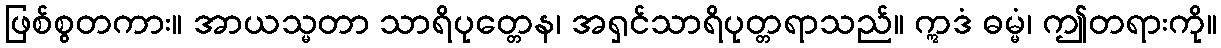
ဖြစ်စွတကား။ အာယသ္မတာ သာရိပုတ္တေန၊ အရှင်သာရိပုတ္တရာသည်။ ဣဒံ ဓမ္မံ၊ ဤတရားကို။